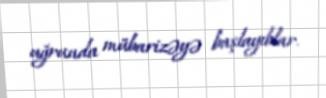
uğrunda mübarizəyə başlayıblar.